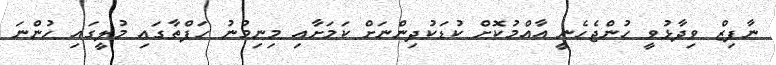
ނާފިޒް ވިދާޅުވީ ހުންޖެހެނީ އާއްމުކޮށް ކުޑަކުދިންނަށް ކަމަށާއި މިނިމުނު ހަފްތާގައި މުލީގައި ހުންނަ